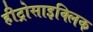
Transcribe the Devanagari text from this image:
हीट्रोसाइक्लिक